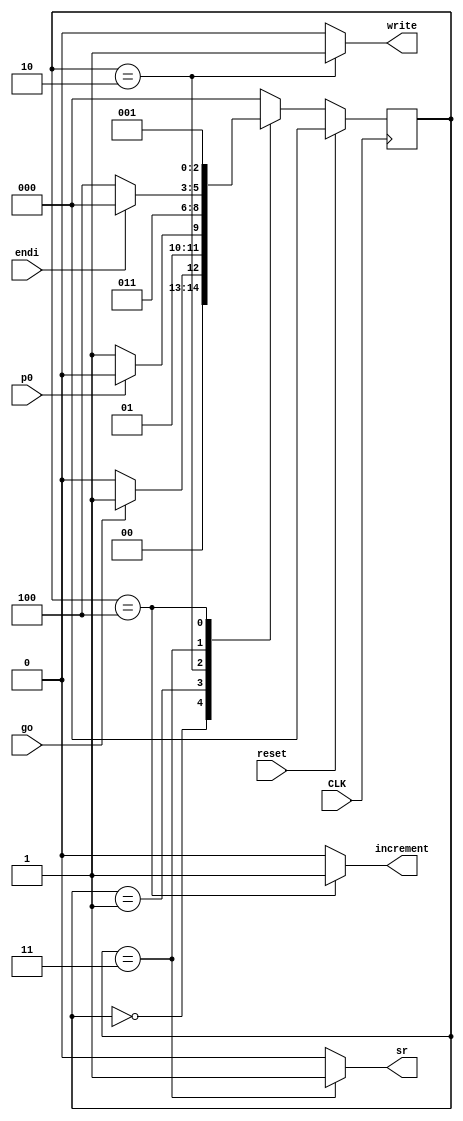
module mult_control(
	input go,
	input p0,
	input endi,
	input	reset,
	input	CLK,
	output reg write,
	output reg sr,
	output reg increment
);


localparam 	S0 = 3'd0,
				S1 = 3'd1,
				S2 = 3'd2,
				S3 = 3'd3,
				S4 = 3'd4;
				
reg	[2:0] present_state;
reg	[2:0] next_state = S0;

//State Register
always @(posedge CLK)
	begin
	if(reset)
		present_state <= S0;
	else
		present_state <= next_state;
	end

//Next State Logic
always @(*)
	begin
		next_state = S0;
		case(present_state)
				
				S0:
					begin
					if(go)
						next_state = S1;			
					end
					
				
				S1:
					begin
					if(p0)
						next_state = S2;
					else
						next_state = S3;
					end
					
				
				S2:
					begin
						next_state = S3;
					end
					
				
				S3:
					begin
					if(endi)
						next_state = S0;
					else
						next_state = S4;
					end
					
				S4:
					begin
					next_state = S1;
					end
				
			endcase
	end

//Outputs
always @(*)
		begin
			write = 1'b0;
			sr = 1'b0;
			increment = 1'b0;
			case(present_state)
							
				S1:
					begin
					end
								
				
				S2:
					begin
					write = 1'b1;
					end
					
				
				S3:
					begin	
					write = 1'b0;
					sr = 1'b1;
					end
				
				S4:
					begin	
					sr = 1'b0;
					increment = 1'b1;
					end
						
			endcase
			
		end				


endmodule